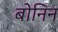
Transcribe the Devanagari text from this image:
बोनिन